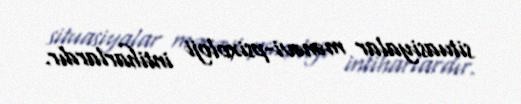
situasiyalar mənəvi-psixoloji intiharlardır.